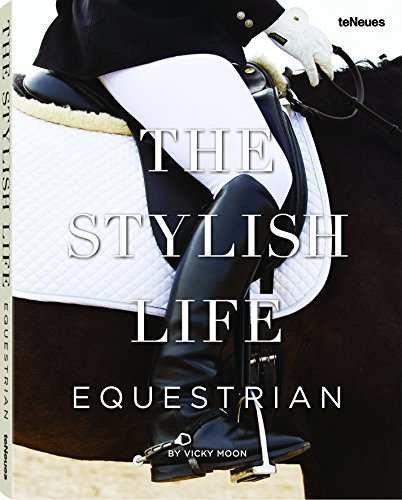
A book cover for The Stylish Life: Equestrian; Vicky Moon; Crafts, Hobbies & Home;